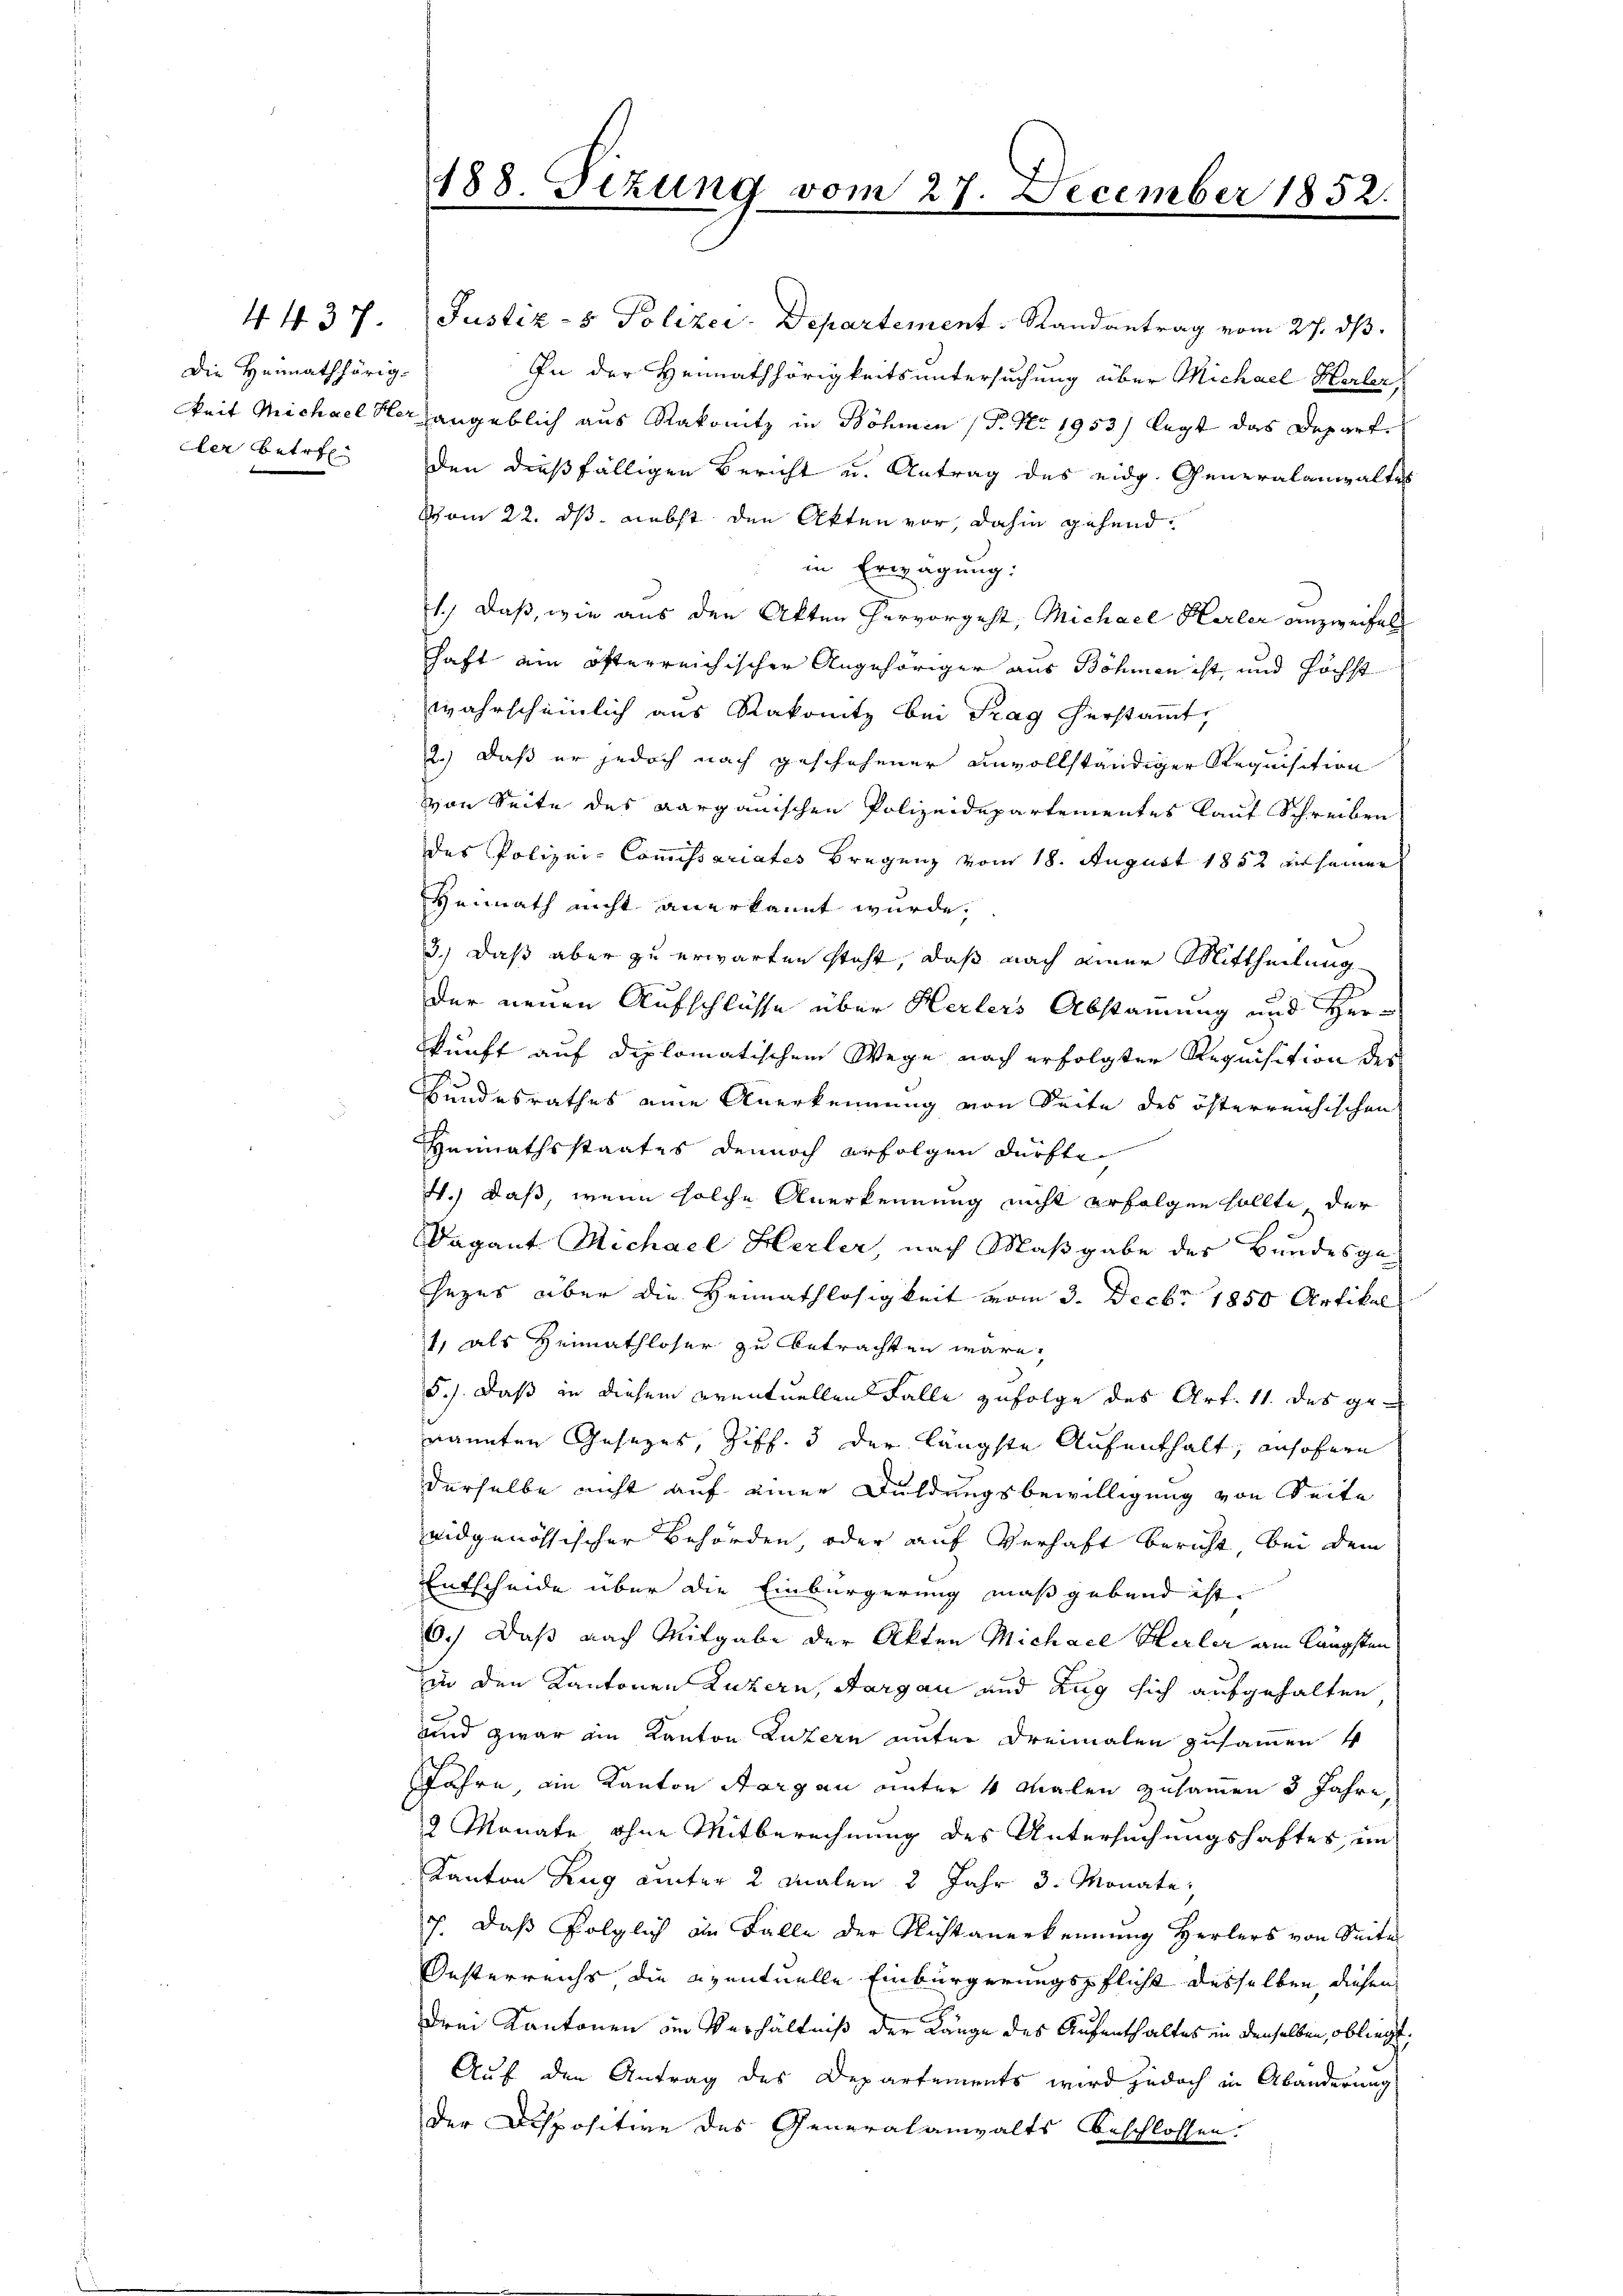
Die Heimathörig-
ler betref

In der Heimathörigkeitsuntersuchung über Michael Herler
keit Michael Hergangeblich aus Rakonitz in Böhmen (T. No. 1953) legt das Depart.
den dießfälligen Bericht u. Antrag des eidg. Generalanwaltes
Schon 22. ds nebst den Akten vor, dahin gehend
in Erwägung:
1.) Daß, wie aus den Akten hervorgeht, Michael Herler anzweifel
chaft ein öfterreichischer Angehöriger aus Böhmen ist, und höchst
wahrscheinlich aus Rakonitz bei Tag herstammt,
2.) Daß er jedoch nach geschehener unvollständiger Requisition
von Seite des Aargauischen Polizeidepartementes lauf Schreiben
des Polizei-Commissariates Bregenz vom 18. August 1852 zu seinen
Heimath nicht anerkannt wurde,
3.) Daß aber zu erwarten steht, daß nach einer Mittheilung
der neuen Aufschlüsse über Herlers Abstammung und Herkunft auf diplomatischem Wege nach erfolgter Requisition des
Bundesrathes eine Anerkennung von Seite des österreichischen
Heimathsstaates dennoch erfolgen dürfte
4.) Daß, wenn solche Anerkennung nicht erfolgen sollte, der
Vagant Michael Herler, nach Maßgabe des Bundesge-
sezes über die Heimathlosigkeit vom 3. Decbr 1850 Artikal
1, als Heimathloser zu betrachten wäre,
5.). Daß in diesem eventuellen Falle zufolge des Art. 11. des genannten Gesezes, Ziff. 3 der längste Aufenthalt, ansofern
derselbe nicht auf einer Duldungsbewilligung von Seite
eidgenössischer Behörden, oder auf Verhaft bericht, bei dem
Entscheide über die Einbürgerung maßgebend ist.
6.) Daß nach Mitgabe der Akten Michael Herler am längsten
in den Kantonen Luzern, Aargau und Zug sich aufgehalten,
und zwar ein Kanton Luzern unter dreimalen zusammen 4
Jahre, ein Kanton Aargau unter 4 Malen zusammen 3 Jahre,
3 Monate ohne Mitberechnung des Untersuchungshaftes, ein
Kanton Zug unter 2 Malen 3 Jahr 3. Monate,
7. Daß folglich an Falle der Nichtanerkennung herlers von Seite
14
Oesterreichs die eventuelle Einbürgerungspflicht desselben, diesen
drei Kantonen im Verhältniß der Länge des Aufenthaltes in denselben, obliegt,
Auf den Antrag des Departements wird jedoch in Abänderung
der Dispositive des Generalanwalts beschlossen.

188. Seizung vom 27. December 1852.

4437. Justiz- & Polizei- Departement. Randantrag vom 27. ds.